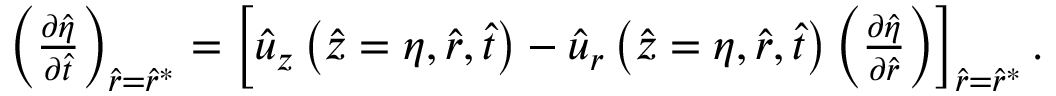
\begin{array} { r } { \left( \frac { \partial \hat { \eta } } { \partial \hat { t } } \right) _ { \hat { r } = \hat { r } ^ { * } } = \left[ \hat { u } _ { z } \left( \hat { z } = \eta , \hat { r } , \hat { t } \right) - \hat { u } _ { r } \left( \hat { z } = \eta , \hat { r } , \hat { t } \right) \left( \frac { \partial \hat { \eta } } { \partial \hat { r } } \right) \right] _ { \hat { r } = \hat { r } ^ { * } } . } \end{array}